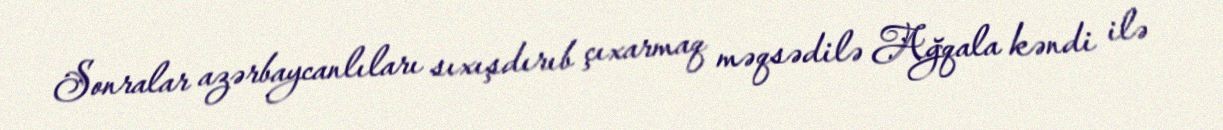
Sonralar azərbaycanlıları sıxışdırıb çıxarmaq məqsədilə Ağqala kəndi ilə